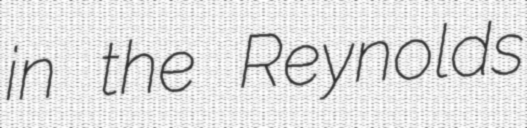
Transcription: in the Reynolds